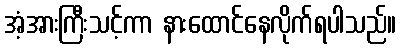
အံ့အားကြီးသင့်ကာ နားထောင်နေလိုက်ရပါသည်။